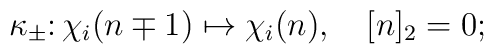
\kappa_\pm\colon\chi_i(n\mp1)\mapsto\chi_i(n),\quad[n]_2=0;